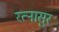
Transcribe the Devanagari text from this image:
रत्नासुर